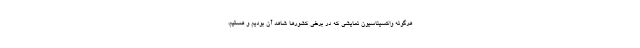
هرگونه واکسیناسیون نمایشی که در برخی کشورها شاهد آن بودیم و هستیم،